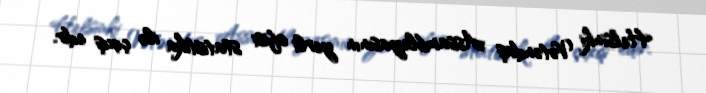
Helsinki Vətəndaş Assambleyasının yerli ofisi statistika ilə çıxış edir.